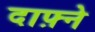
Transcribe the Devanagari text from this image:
दाफ़्ने